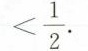
$$< \frac{1}{2}.$$